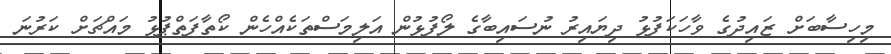
މިހިސާބަށް ޒައިދުގެ ވާހަކަފުޅު ދިޔައިރު ނުސައިބާގެ ލޯފުޅުން އަލިމަސްތަކެއްހެން ކޯތާފަތްޕުޅު މައްޗަށް ކަރުނަ